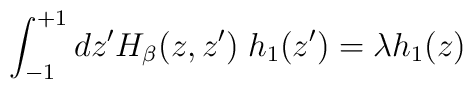
\int_{-1}^{+1} dz' H_{\beta}(z,z')\;h_1(z')=\lambda h_1(z)